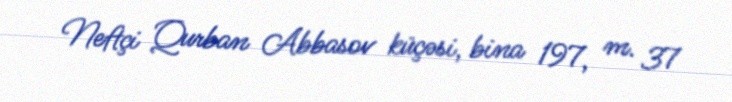
Neftçi Qurban Abbasov küçəsi, bina 197, m. 37